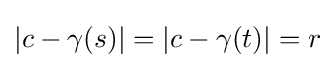
|c-\gamma (s)|=|c-\gamma (t)|=r